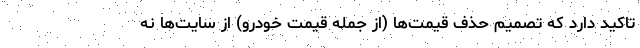
تاکید دارد که تصمیم حذف قیمت‌ها (از جمله قیمت خودرو) از سایت‌ها نه